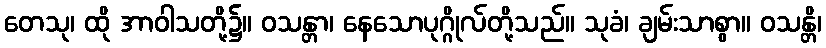
တေသု၊ ထို အာဝါသတို့၌။ ဝသန္တာ၊ နေသောပုဂ္ဂိုလ်တို့သည်။ သုခံ၊ ချမ်းသာစွာ။ ဝသန္တိ၊